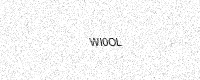
Text: WI0OL